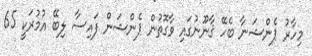
މިހާރު ޕެންޝަނާ ބެހޭ ޤާނޫނުގައި ވާގޮތުން ޕެންޝަން ފައިސާ ލިބޭ އުމުރަކީ 65